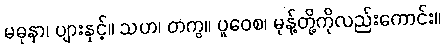
မဓုနာ၊ ပျားနှင့်။ သဟ၊ တကွ။ ပူဝေစ၊ မုန့်တို့ကိုလည်းကောင်း။